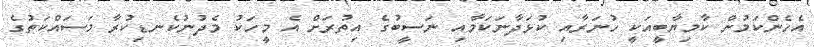
އެހެންކަމުން ކާމިޔާބީއަކީ ހުނަރާއި ކުޅަދާނަކަމާއި ނަސީބުގެ އިތުރަށް އެ މީހަކު މެދުނުކެނޑިކުރާ މަސައްކަތުގެ